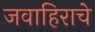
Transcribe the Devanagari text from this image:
जवाहिराचे